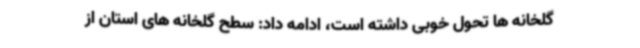
گلخانه ها تحول خوبی داشته است، ادامه داد: سطح گلخانه های استان از